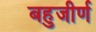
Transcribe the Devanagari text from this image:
बहुजीर्ण